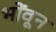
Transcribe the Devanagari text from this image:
भोंवून